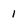
Character: 1